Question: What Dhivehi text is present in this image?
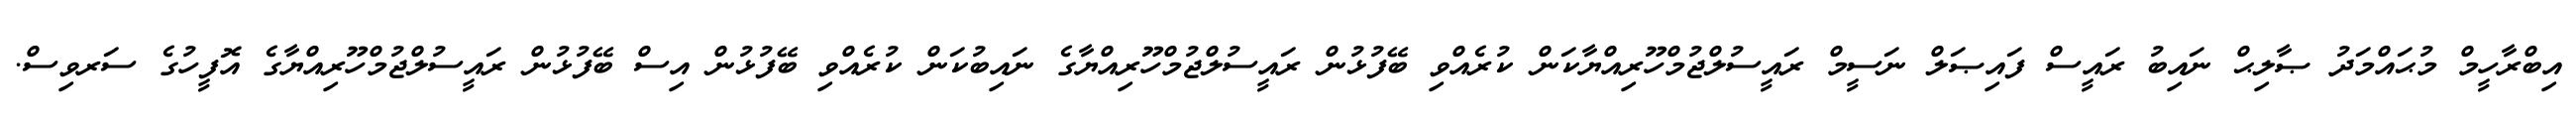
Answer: އިބްރާހީމް މުޙައްމަދު ޞާލިޙް ނައިބު ރައީސް ފައިޞަލް ނަސީމް ރައީސުލްޖުމްހޫރިއްޔާކަން ކުރެއްވި ބޭފުޅުން ރައީސުލްޖުމްހޫރިއްޔާގެ ނައިބުކަން ކުރެއްވި ބޭފުޅުން އިސް ބޭފުޅުން ރައީސުލްޖުމްހޫރިއްޔާގެ އޮފީހުގެ ސަރވިސް.